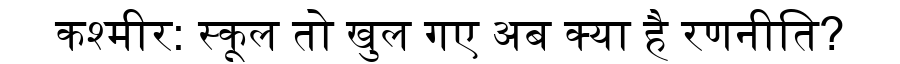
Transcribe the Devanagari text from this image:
कश्मीर: स्कूल तो खुल गए अब क्या है रणनीति?